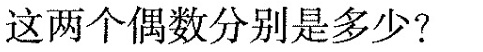
这两个偶数分别是多少？